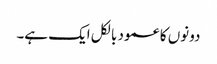
دونوں کا عمود بالکل ایک ہے۔